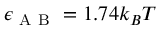
\epsilon _ { \mathrm { ~ A ~ B ~ } } = 1 . 7 4 k _ { B } T